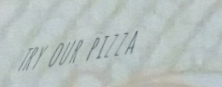
try our pizza